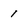
Character: 1